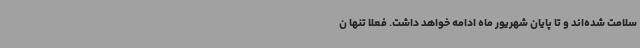
سلامت شده‌اند و تا پایان شهریور ماه ادامه خواهد داشت. فعلا تنها ن